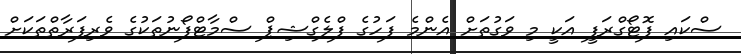
ސްކައި ފޮޓޯގްރަފީ އަކީ މި ވަގުތަށް އެންމެ ފަހުގެ ފްލެގްޝިޕް ސްމާޓްފޯނުތަކުގެ ވެރިފަރާތްތަކަށް